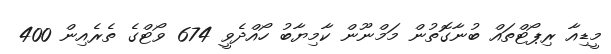
މީޑިއާ ރިޕޯޓްތައް ބުނާގޮތުން މަމްނޫން ކާމިޔާބު ހޯއްދެވީ 674 ވޯޓްގެ ތެރެއިން 400